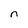
Character: n